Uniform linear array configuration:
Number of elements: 48
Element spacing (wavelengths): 0.25
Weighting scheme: exponential
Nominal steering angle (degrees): -15
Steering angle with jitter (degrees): -13.306
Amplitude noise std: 0.05
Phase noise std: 0.05

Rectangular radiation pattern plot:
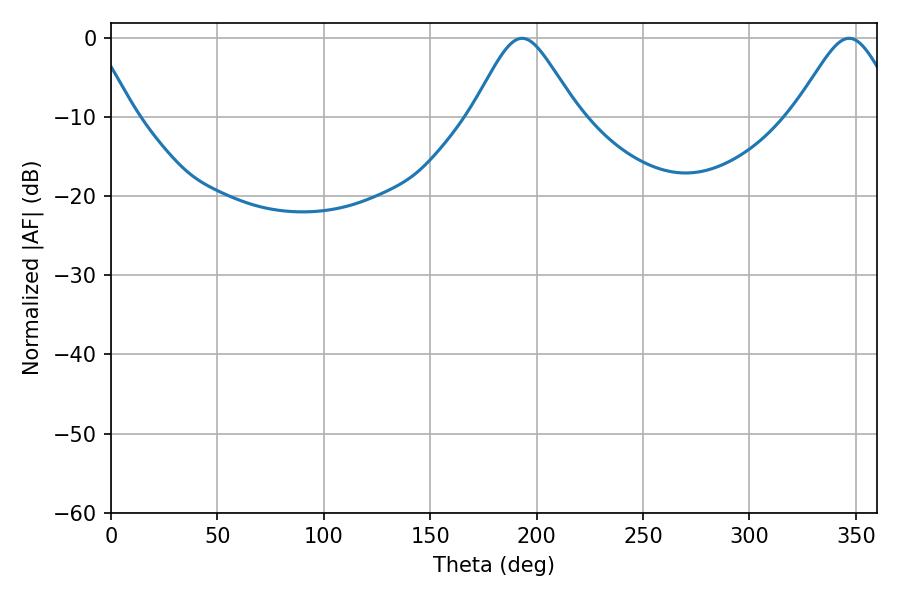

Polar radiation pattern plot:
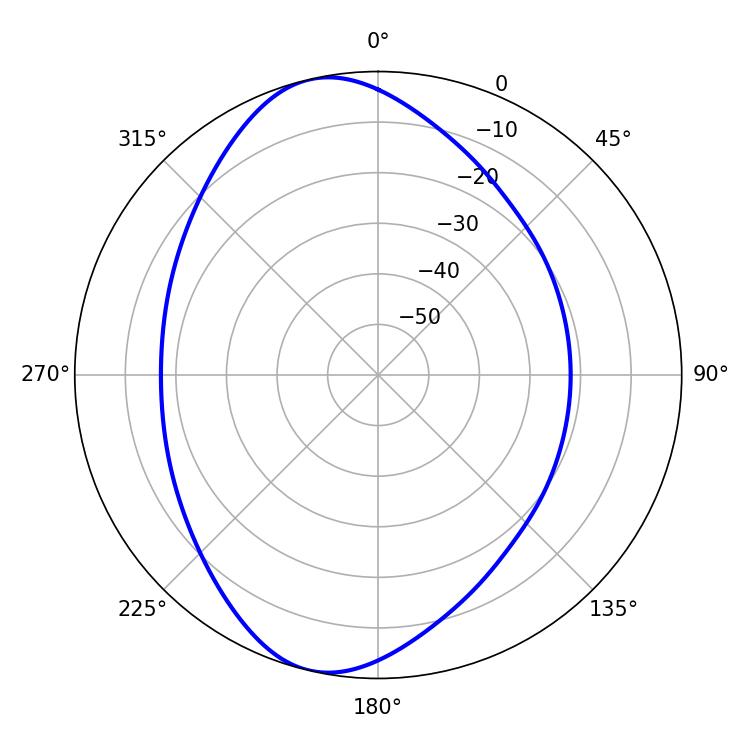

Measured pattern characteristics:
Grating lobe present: FALSE
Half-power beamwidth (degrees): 24.12
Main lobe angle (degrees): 193.14